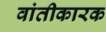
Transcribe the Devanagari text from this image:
वांतीकारक